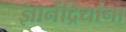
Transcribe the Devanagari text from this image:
ज्ञानेंद्रियांना